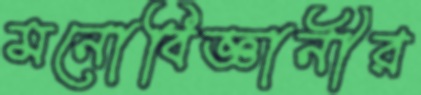
মনোবিজ্ঞানীর